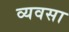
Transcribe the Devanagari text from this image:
व्यवसा